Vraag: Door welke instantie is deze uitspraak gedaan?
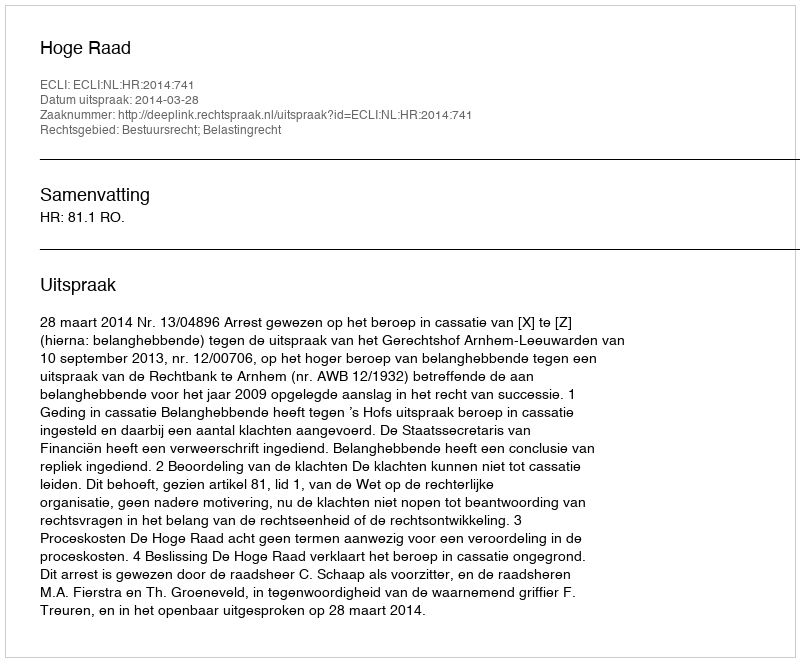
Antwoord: Hoge Raad